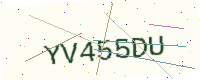
Text: YV455DU